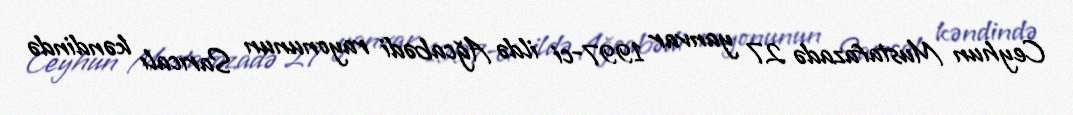
Ceyhun Mustafazadə 27 yanvar 1997-ci ildə Ağcabədi rayonunun Sarıcalı kəndində